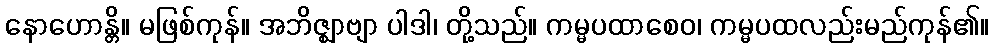
နောဟောန္တိ။ မဖြစ်ကုန်။ အဘိဇ္ဈာဗျာ ပါဒါ၊ တို့သည်။ ကမ္မပထာစေဝ၊ ကမ္မပထလည်းမည်ကုန်၏။